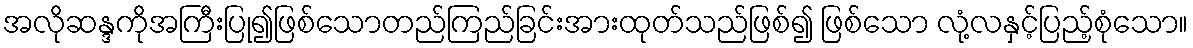
အလိုဆန္ဒကိုအကြီးပြု၍ဖြစ်သောတည်ကြည်ခြင်းအားထုတ်သည်ဖြစ်၍ ဖြစ်သော လုံ့လနှင့်ပြည့်စုံသော။